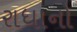
રાધાનો